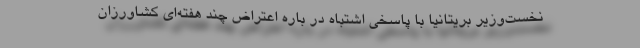
نخست‌وزیر بریتانیا با پاسخی اشتباه در باره اعتراض چند هفته‌ای کشاورزان